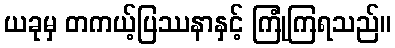
ယခုမှ တကယ့်ပြဿနာနှင့် ကြုံကြရသည်။